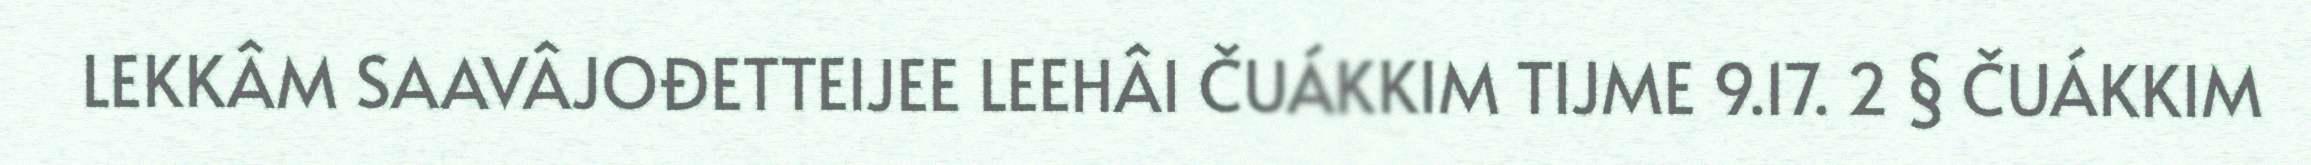
LEKKÂM SAAVÂJOĐETTEIJEE LEEHÂI ČUÁKKIM TIJME 9.17. 2 § ČUÁKKIM